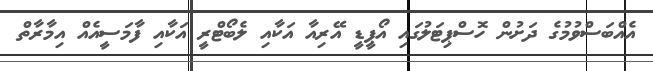
އެއްބަސްވުމުގެ ދަށުން ހޮސްޕިޓަލުގައި އޯޕީޑީ އޭރިއާ އަކާއި ލެބޯޓްރީ އަކާއި ފާމަސީއެއް އިމާރާތް